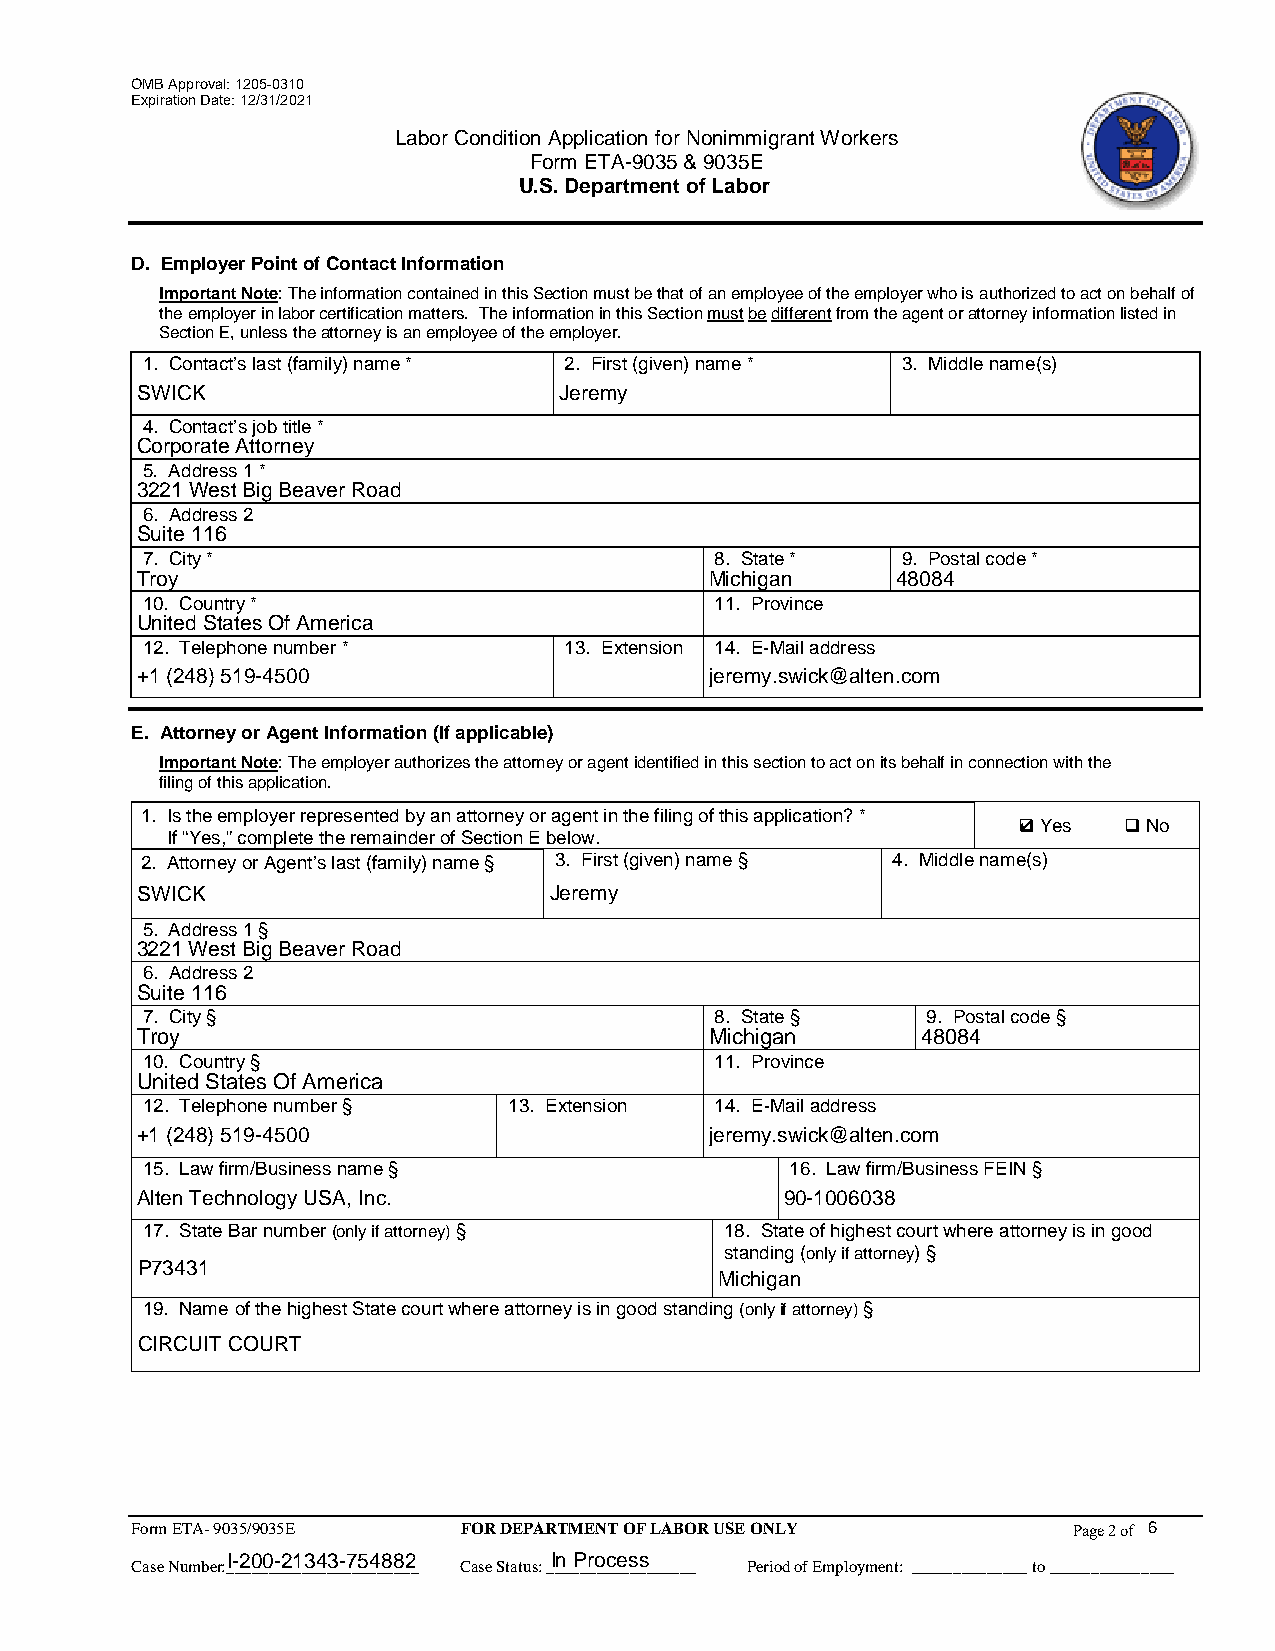
OMB Approval: 1205-0310
 Expiration Date: 12/31/2021
 Labor Condition Application for Nonimmigrant Workers
 Form ETA-9035 & 9035E
 U.S. Department of Labor
 D. Employer Point of Contact Information
 Important Note: The information contained in this Section must be that of an employee of the employer who is authorized to act on behalf of
 the employer in labor certification matters. The information in this Section must be different from the agent or attorney information listed in
 Section E, unless the attorney is an employee of the employer.
 1. Contact’s last (family) name * 2. First (given) name * 3. Middle name(s)
 SWICK                       Jeremy
 4. Contact’s job title *
 Corporate Attorney
 5. Address 1 *
 3221 West Big Beaver Road
 6. Address 2
 Suite 116
 7. City *                             8. State *   9. Postal code *
 Troy                                  Michigan    48084
 10. Country *                         11. Province
 United States Of America
 12. Telephone number *      13. Extension 14. E-Mail address
 +1 (248) 519-4500                     jeremy.swick@alten.com
 E. Attorney or Agent Information (If applicable)
 Important Note: The employer authorizes the attorney or agent identified in this section to act on its behalf in connection with the
 filing of this application.
 1. Is the employer represented by an attorney or agent in the filing of this application? *
 4 Yes No
 If “Yes,” complete the remainder of Section E below.
 2. Attorney or Agent’s last (family) name § 3. First (given) name § 4. Middle name(s)
 SWICK                      Jeremy
 5. Address 1 §
 3221 West Big Beaver Road
 6. Address 2
 Suite 116
 7. City §                             8. State §    9. Postal code §
 Troy                                  Michigan      48084
 10. Country §                         11. Province
 United States Of America
 12. Telephone number §   13. Extension 14. E-Mail address
 +1 (248) 519-4500                     jeremy.swick@alten.com
 15. Law firm/Business name §               16. Law firm/Business FEIN §
 Alten Technology USA, Inc.                 90-1006038
 17. State Bar number (only if attorney) § 18. State of highest court where attorney is in good
 standing (only if attorney) §
 P73431
 Michigan
 19. Name of the highest State court where attorney is in good standing (only if attorney) §
 CIRCUIT COURT
 Form ETA- 9035/9035E FOR DEPARTMENT OF LABOR USE ONLY         Page 2 of 6
 I-200-21343-754882   In Process
 Case Number:_______________________ Case Status: __________________ Period of Employment: ______________ to _______________